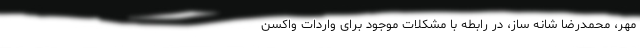
مهر، محمدرضا شانه ساز، در رابطه با مشکلات موجود برای واردات واکسن